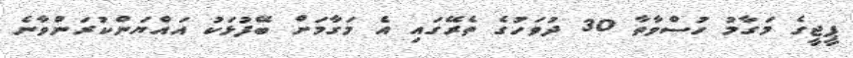
ޕީޖީގެ މަގާމު ހުސްވާތާ 30 ދުވަހުގެ ތެރޭގައި އެ މަގާމަށް ބޭފުޅަކު އައްޔަންކުރަންވާނެ